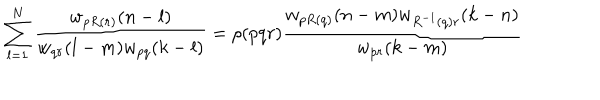
\sum _ { l = 1 } ^ { N } { \frac { w _ { p R ( r ) } ( n - l ) } { w _ { q r } ( l - m ) w _ { p q } ( k - l ) } } = \rho ( p q r ) { \frac { w _ { p R ( q ) } ( n - m ) w _ { R ^ { - 1 } ( q ) r } ( k - n ) } { w _ { p r } ( k - m ) } }